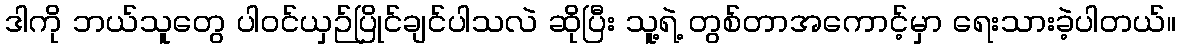
ဒါကို ဘယ်သူတွေ ပါဝင်ယှဉ်ပြိုင်ချင်ပါသလဲ ဆိုပြီး သူ့ရဲ့ တွစ်တာအကောင့်မှာ ရေးသားခဲ့ပါတယ်။